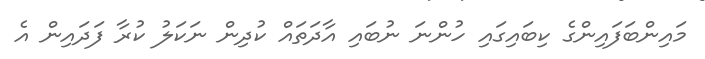
މައިންބަފައިންގެ ކިބައިގައި ހުންނަ ނުބައި އާދަތައް ކުދިން ނަކަލު ކުރާ ފަދައިން އެ